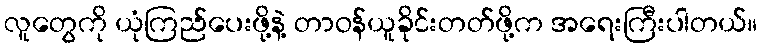
လူတွေကို ယုံကြည်ပေးဖို့နဲ့ တာဝန်ယူခိုင်းတတ်ဖို့က အရေးကြီးပါတယ်။